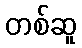
တစ်ဆူ